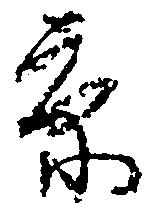
京